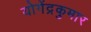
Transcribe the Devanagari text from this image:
योगेंद्रकुमार